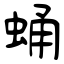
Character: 蛹